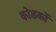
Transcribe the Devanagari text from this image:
कोडकों